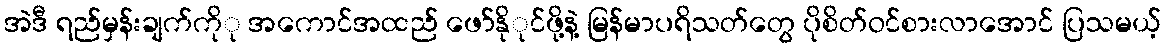
အဲဒီ ရည်မှန်းချက်ကိုု အကောင်အထည် ဖော်နိုုင်ဖို့နဲ့ မြန်မာပရိသတ်တွေ ပိုစိတ်ဝင်စားလာအောင် ပြသမယ့်